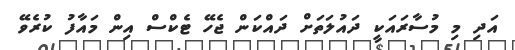
އަދި މި މުސާރައަކީ ދައުލަތަށް ދައްކަން ޖެހޭ ޓެކްސް އިން މައާފު ކުރެވޭ